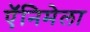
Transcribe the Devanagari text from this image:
ऍनिमेला